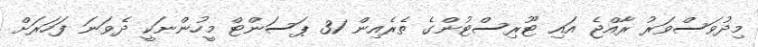
މިދުވަސްވަރު ރާއްޖެ އައި ޓޫރިސްޓުންގެ ތެރެއިން 31 ޕަސަންޓް މީހުންނަކީ ދެވަނަ ފަހަރަށް